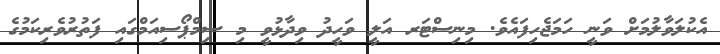
އެކުލަވާލުމަށް ވަނީ ހަމަޖެހިފައެވެ. މިނިސްޓަރ އަލީ ވަހީދު ވިދާޅުވީ މި ސިމްޕޯސިއަމްގައި ފަތުރުވެރިކަމުގެ